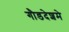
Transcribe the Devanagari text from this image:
गौडदेशमे